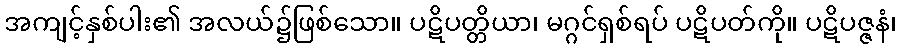
အကျင့်နှစ်ပါး၏ အလယ်၌ဖြစ်သော။ ပဋိပတ္တိယာ၊ မဂ္ဂင်ရှစ်ရပ် ပဋိပတ်ကို။ ပဋိပဇ္ဇနံ၊